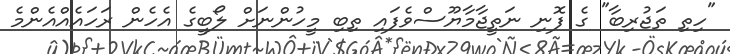
"ހިތި ތަޖުރިބާ" ގެ ފޮނި ނަތީޖާމާޔޫސްވެފައި ތިބި މީހުންނަށް ލޯބީގެ އެހެން ރަހައެއްއެންމެ